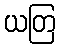
ယတြ